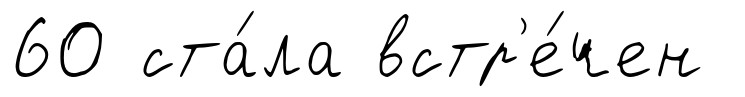
60 ста́ла встр'е́чен